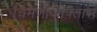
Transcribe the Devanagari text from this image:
चिमणाजीपंतास